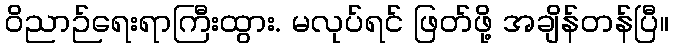
ဝိညာဉ်ရေးရာကြီးထွား. မလုပ်ရင် ဖြတ်ဖို့ အချိန်တန်ပြီ။